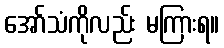
အော်သံကိုလည်း မကြားရ။